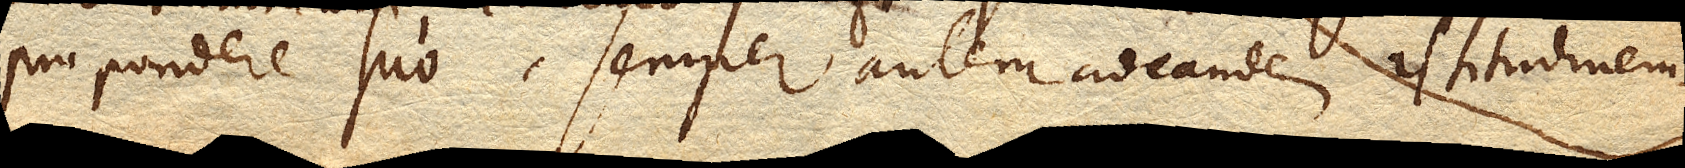
pro pondere suo, semper autem ad eandem altitudinem